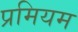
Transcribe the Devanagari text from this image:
प्रमियम